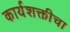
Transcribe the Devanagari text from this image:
कार्यशक्तीचा